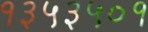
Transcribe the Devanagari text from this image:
१३५३५०१